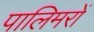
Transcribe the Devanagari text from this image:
पालिमरों